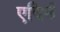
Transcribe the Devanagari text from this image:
एदिर्न